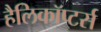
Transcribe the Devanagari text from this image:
हैलिकॉप्टर्स